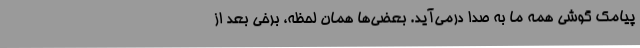
پیامک گوشی همه ما به صدا درمی‌آید. بعضی‌ها همان لحظه، برخی بعد از